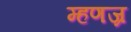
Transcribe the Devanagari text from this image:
म्हणज्र